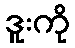
ဒူးကို